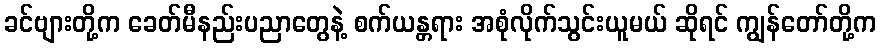
ခင်ဗျားတို့က ခေတ်မီနည်းပညာတွေနဲ့ စက်ယန္တရား အစုံလိုက်သွင်းယူမယ် ဆိုရင် ကျွန်တော်တို့က